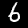
Label: 6